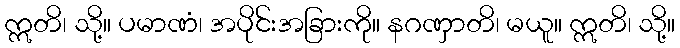
ဣတိ၊ သို့။ ပမာဏံ၊ အပိုင်းအခြားကို။ နဂဏှာတိ၊ မယူ။ ဣတိ၊ သို့။